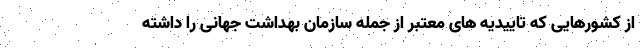
از کشورهایی که تاییدیه های معتبر از جمله سازمان بهداشت جهانی را داشته